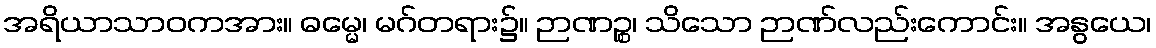
အရိယာသာဝကအား။ ဓမ္မေ၊ မဂ်တရား၌။ ဉာဏဉ္စ၊ သိသော ဉာဏ်လည်းကောင်း။ အနွယေ၊